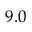
9 . 0